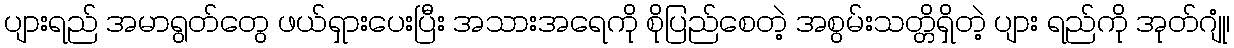
ပျားရည် အမာရွတ်တွေ ဖယ်ရှားပေးပြီး အသားအရေကို စိုပြည်စေတဲ့ အစွမ်းသတ္တိရှိတဲ့ ပျား ရည်ကို အုတ်ဂျုံ၊